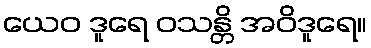
ယေဝ ဒူရေ ဝသန္တိ အဝိဒူရေ။